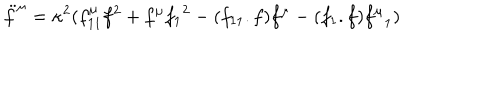
LaTeX: \ddot { f } ^ { \mu } = \kappa ^ { 2 } ( f _ { 1 1 } ^ { \mu } f ^ { 2 } + f ^ { \mu } { f _ { 1 } } ^ { 2 } - ( f _ { 1 1 } . f ) f ^ { \mu } - ( f _ { 1 } . f ) { f ^ { \mu } } _ { 1 } )